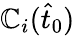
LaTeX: \mathbb{C}_{i}(\hat{{t}}_{0})